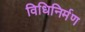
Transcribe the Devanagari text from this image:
विधिनिर्मण